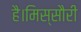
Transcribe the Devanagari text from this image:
है।मिस्सौरी